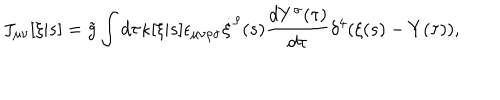
LaTeX: J _ { \mu \nu } [ \xi | s ] = \tilde { g } \int d \tau \kappa [ \xi | s ] \epsilon _ { \mu \nu \rho \sigma } \dot { \xi } ^ { \rho } ( s ) \frac { d Y ^ { \sigma } ( \tau ) } { d \tau } \delta ^ { 4 } ( \xi ( s ) - Y ( \tau ) ) ,